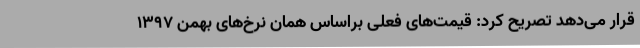
قرار می‌دهد تصریح کرد: قیمت‌های فعلی براساس همان نرخ‌های بهمن 1397